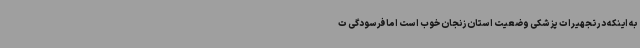
به اینکه در تجهیرات پزشکی وضعیت استان زنجان خوب است اما فرسودگی ت